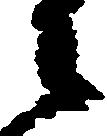
々